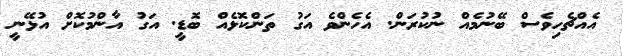
އެއްޗެހިވެސް ބޭނުމެއް ނުކުރަން. އެހެންވެ އަގު ތަންކޮޅެއް ބޮޑީ. އަގު އާންމުކޮށް އުޅޭނީ